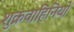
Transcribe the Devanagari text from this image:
शुक्रवाहिनियों